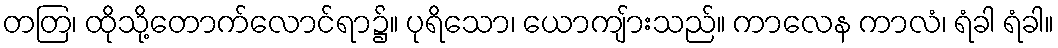
တတြ၊ ထိုသို့တောက်လောင်ရာ၌။ ပုရိသော၊ ယောကျ်ားသည်။ ကာလေန ကာလံ၊ ရံခါ ရံခါ။